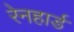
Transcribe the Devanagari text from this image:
रेनहार्ड